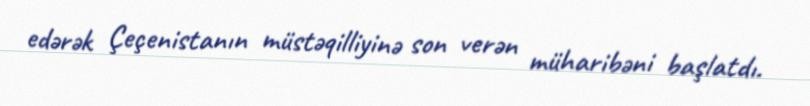
edərək Çeçenistanın müstəqilliyinə son verən müharibəni başlatdı.